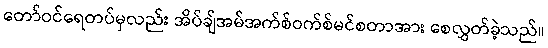
တော်ဝင်ရေတပ်မှလည်း အိပ်ချ်အမ်အက်စ်ဝက်စ်မင်စတာအား စေလွှတ်ခဲ့သည်။